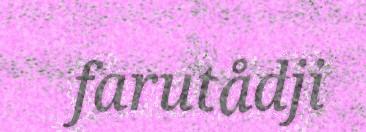
farutådji